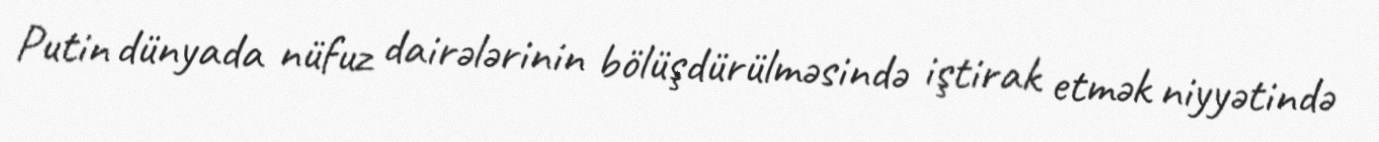
Putin dünyada nüfuz dairələrinin bölüşdürülməsində iştirak etmək niyyətində